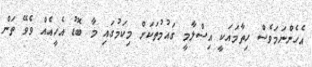
އެހެންނަމަވެސް ހިތާމައަކީ އިސްލާމީ ގައުމުތަކަށް މިކަމުގައި މާ ބޮޑު އެހީއެއް ވެވޭ ތަން